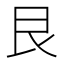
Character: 艮